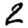
Digit: 2